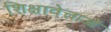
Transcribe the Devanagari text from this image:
शिक्षावेत्ताओं